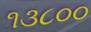
૧૩૮૦૦